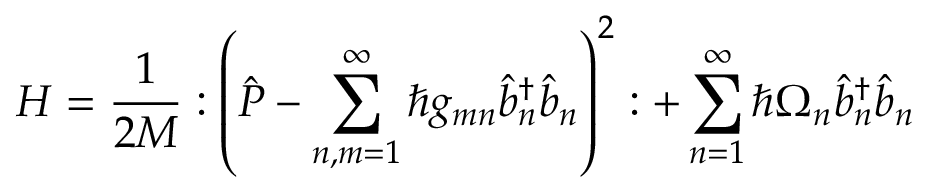
H = \frac { 1 } { 2 M } : \left( \hat { P } - \sum _ { n , m = 1 } ^ { \infty } \hbar g _ { m n } \hat { b } _ { n } ^ { \dag } \hat { b } _ { n } \right) ^ { 2 } : + \sum _ { n = 1 } ^ { \infty } \hbar \Omega _ { n } \hat { b } _ { n } ^ { \dag } \hat { b } _ { n }